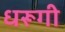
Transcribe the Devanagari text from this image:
धरूगी